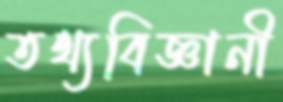
তথ্যবিজ্ঞানী